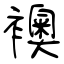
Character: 襖